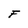
Character: F